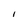
Character: I